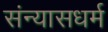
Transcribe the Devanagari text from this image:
संन्यासधर्म